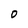
Character: o